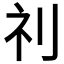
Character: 𮁜